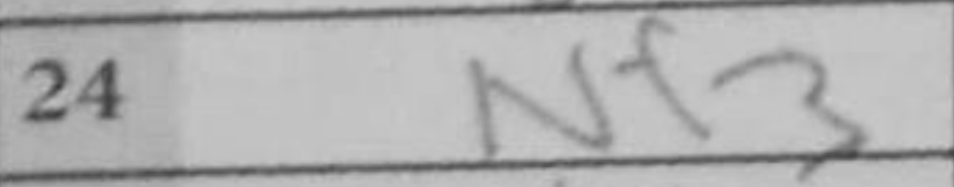
Transcription: Nf3